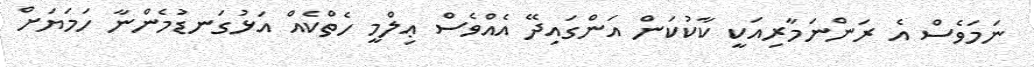
ނަމަވެސް އެ ރަންނަމާރިއަކީ ކާކުކަން އަންގައިދޭ އެއްވެސް ޢިލްމީ ހެތްކެއް އަޅުގަނޑުމެންނާ ހަމަޔަށް